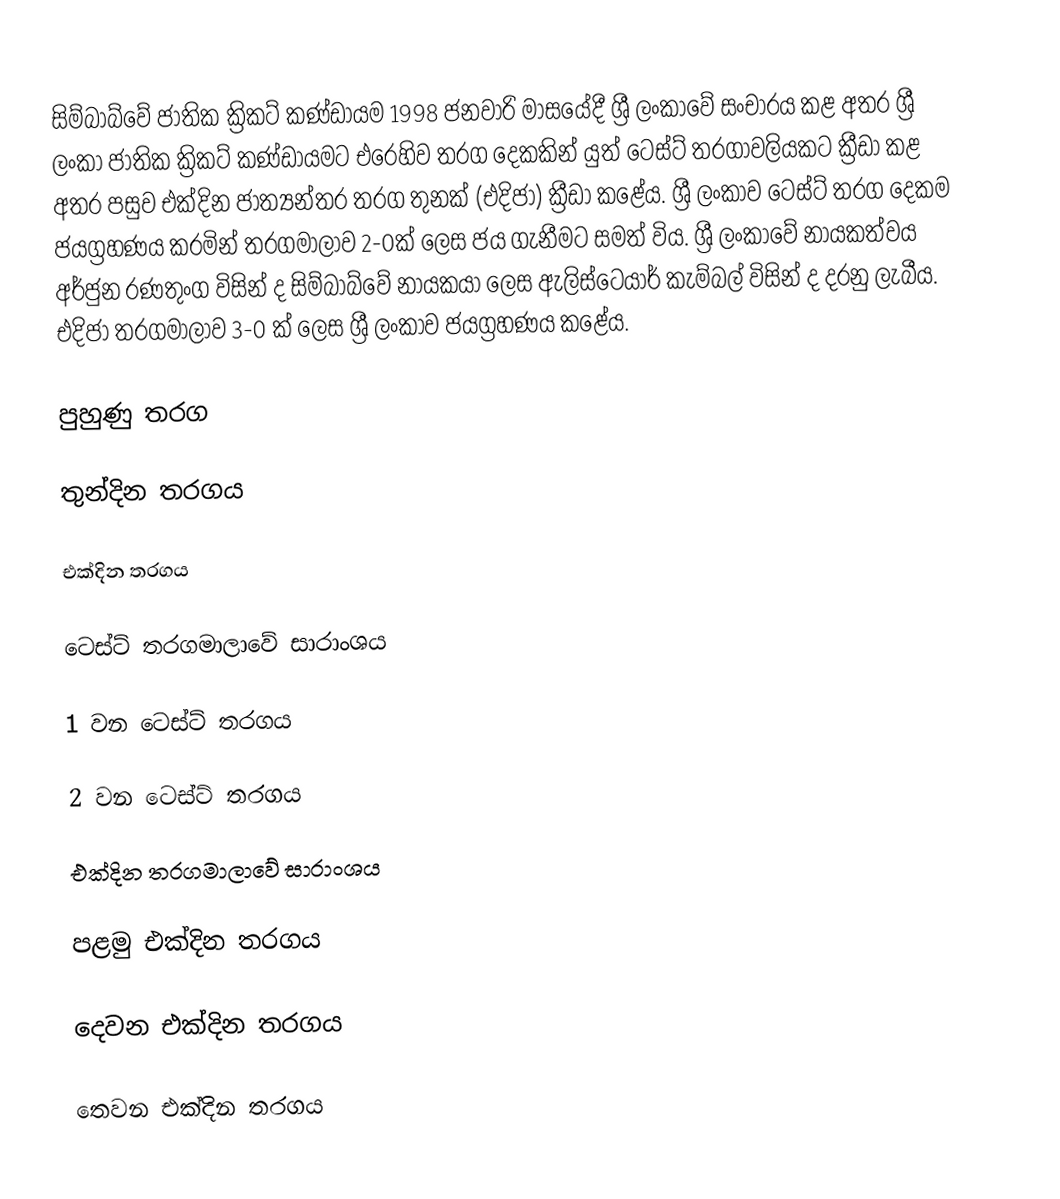
සිම්බාබ්වේ ජාතික ක්‍රිකට් කණ්ඩායම 1998 ජනවාරි මාසයේදී ශ්‍රී ලංකාවේ සංචාරය කළ අතර ශ්‍රී ලංකා ජාතික ක්‍රිකට් කණ්ඩායමට එරෙහිව තරග දෙකකින් යුත් ටෙස්ට් තරගාවලියකට ක්‍රීඩා කළ අතර පසුව එක්දින ජාත්‍යන්තර තරග තුනක් (එදිජා) ක්‍රීඩා කළේය. ශ්‍රී ලංකාව  ටෙස්ට් තරග දෙකම ජයග්‍රහණය කරමින් තරගමාලාව 2-0ක් ලෙස ජය ගැනීමට සමත් විය. ශ්‍රී ලංකාවේ නායකත්වය අර්ජුන රණතුංග විසින් ද සිම්බාබ්වේ නායකයා ලෙස ඇලිස්ටෙයාර් කැම්බල් විසින් ද දරනු ලැබීය. එදිජා තරගමාලාව 3-0 ක් ලෙස ශ්‍රී ලංකාව ජයග්‍රහණය කළේය.

පුහුණු තරග

තුන්දින තරගය

එක්දින තරගය

ටෙස්ට් තරගමාලාවේ සාරාංශය

1 වන ටෙස්ට් තරගය

2 වන ටෙස්ට් තරගය

එක්දින තරගමාලාවේ සාරාංශය

පළමු එක්දින තරගය

දෙවන එක්දින තරගය

තෙවන එක්දින තරගය